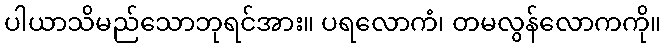
ပါယာသိမည်သောဘုရင်အား။ ပရလောကံ၊ တမလွန်လောကကို။